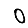
Digit: 0